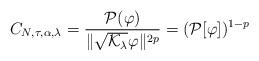
LaTeX: \begin{align*}C_{N,\tau,\alpha,\lambda}=\frac{\mathcal P(\varphi)}{\|\sqrt{\mathcal K_\lambda}\varphi\|^{2p}}=({\mathcal P[\varphi]})^{1-p}\end{align*}